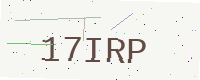
Text: 17IRP